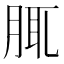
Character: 𦛖